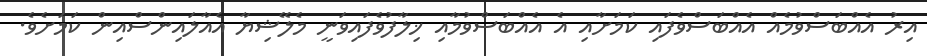
އިރު އެއްބަސްވުމެއް އެއްބަސްވެފައި ކަމަށާއި އެ އެއްބަސްވުމާއި ޚިލާފުވެފައިވަނީ މެލޭޝިޔާ އެއާލައިންސްއިން ކަމަށެވެ.